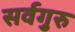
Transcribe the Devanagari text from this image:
सर्वगुरु